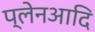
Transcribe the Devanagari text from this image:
प्लेनआदि